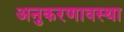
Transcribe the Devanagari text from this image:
अनुकरणावस्था